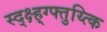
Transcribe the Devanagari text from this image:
स्द्क्ष्ह्ग्फ्तुय्त्कि